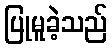
ပြုမူခဲ့သည်